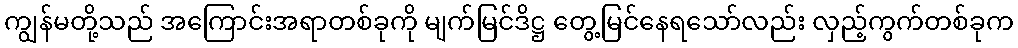
ကျွန်မတို့သည် အကြောင်းအရာတစ်ခုကို မျက်မြင်ဒိဋ္ဌ တွေ့မြင်နေရသော်လည်း လှည့်ကွက်တစ်ခုက